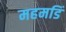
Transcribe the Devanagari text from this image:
महमडिं